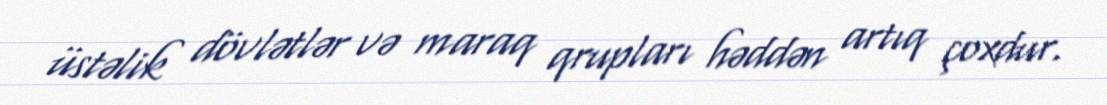
üstəlik dövlətlər və maraq qrupları həddən artıq çoxdur.